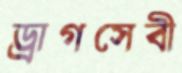
ড্রাগসেবী